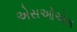
એસઓએસ